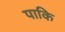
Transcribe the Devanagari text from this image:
पाकि